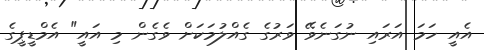
އެއީ ހަމަ އަރައި ނުގަނެވޭ ވަރުގެ ގެއްލުމަކަށް ވެގެން މި އައީ" އެމްޑީޕީގެ